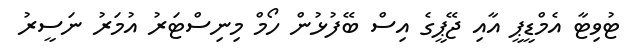
ޓުވިޓާ އެމްޑީޕީ އާއި ޖޭޕީގެ އިސް ބޭފުޅުން ހޯމް މިނިސްޓަރު އުމަރު ނަސީރު